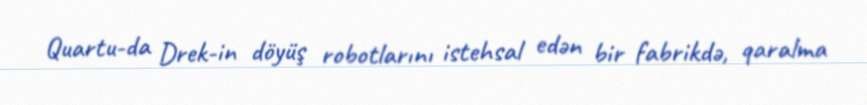
Quartu-da Drek-in döyüş robotlarını istehsal edən bir fabrikdə, qaralma